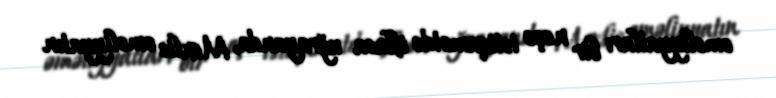
əməliyyatları bir neçə istiqamətdə iflasa uğrayanda, Mexlis əməliyyatın